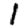
Digit: 1